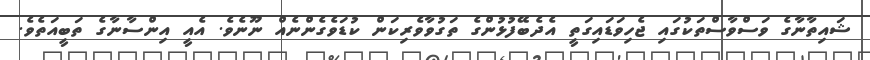
ޝައިތާނާގެ ވަސްވާސްތަކުގައި ޖެހިވަޑައިގަތީ އެދެބޭފުޅުންގެ ތަގުވާވެރިކަން ކުޑަވެގެންނެއް ނޫނެވެ. އެއީ އިންސާނާގެ ތަބީއަތެވެ.